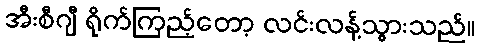
အီးစီဂျီ ရိုက်ကြည့်တော့ လင်းလန့်သွားသည်။